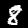
Label: 8